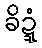
ခိဍ္ဍံ